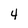
Character: 4